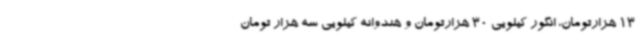
13 هزارتومان، انگور کیلویی 30 هزارتومان و هندوانه کیلویی سه هزار تومان